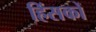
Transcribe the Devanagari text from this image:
हिंसकों